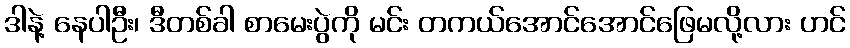
ဒါနဲ့ နေပါဦး၊ ဒီတစ်ခါ စာမေးပွဲကို မင်း တကယ်အောင်အောင်ဖြေမလို့လား ဟင်